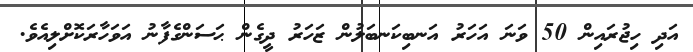
އަދި ހިޖުރައިން 50 ވަނަ އަހަރު އަނބިކަނބަލުން ޒަހަރު ދީގެން ޙަސަންގެފާނު އަވަހާރަކޮށްލިއެވެ.